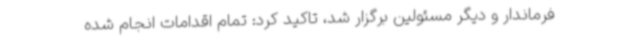
فرماندار و دیگر مسئولین برگزار شد، تاکید کرد: تمام اقدامات انجام شده